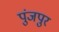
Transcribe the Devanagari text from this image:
पुंजपुर